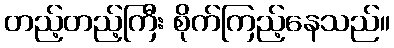
တည့်တည့်ကြီး စိုက်ကြည့်နေသည်။